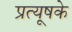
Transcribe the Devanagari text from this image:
प्रत्यूषके